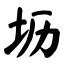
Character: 坜